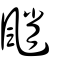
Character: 颵